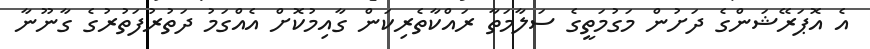
އެ އޮޕަރޭޝަންގެ ދަށުން މަގުމަތީގެ ސަލާމަތާ ރައްކާތެރިކަން ގާއިމުކޮށް އެއްގަމު ދަތުރުފަތުރުގެ ގާނޫނާ